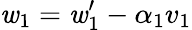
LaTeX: \mathit{w}_{1}=\mathit{w}_{1}^{\prime}-\alpha_{1}v_{1}